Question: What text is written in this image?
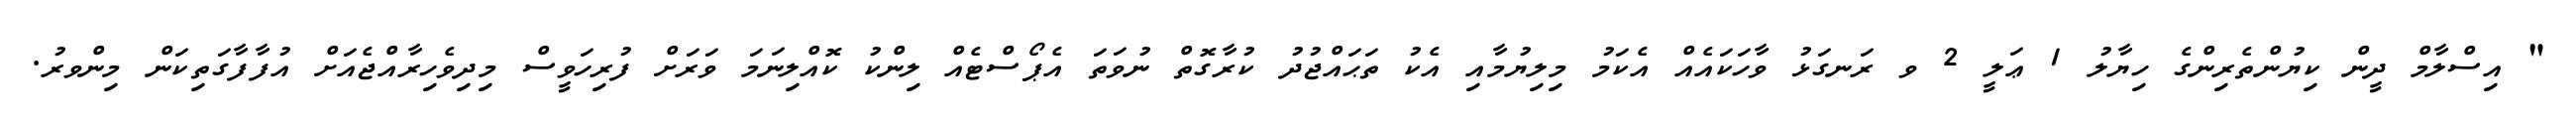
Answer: " އިސްލާމް ދީން ކިޔުންތެރިންގެ ހިޔާލު 1 ޢަލީ 2 ވ ރަނގަޅު ވާހަކައެއް އެކަމު މިލިޔުމާއި އެކު ތަޙައްޖުދު ކުރާގޮތް ނުވަތަ އެޕޯސްޓެއް ލިންކު ކޮއްލިނަމަ ވަރަށް ފުރިހަވީސް މިދިވެހިރާއްޖެއަށް އުފާފާގަތިކަން މިންވރު.